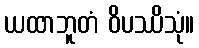
ယထာဘူတံ ဝိပဿိသုံ။